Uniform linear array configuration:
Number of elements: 32
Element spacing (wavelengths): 0.75
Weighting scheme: uniform
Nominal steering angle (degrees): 30
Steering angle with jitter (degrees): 29.333
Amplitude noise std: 0.05
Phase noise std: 0.05

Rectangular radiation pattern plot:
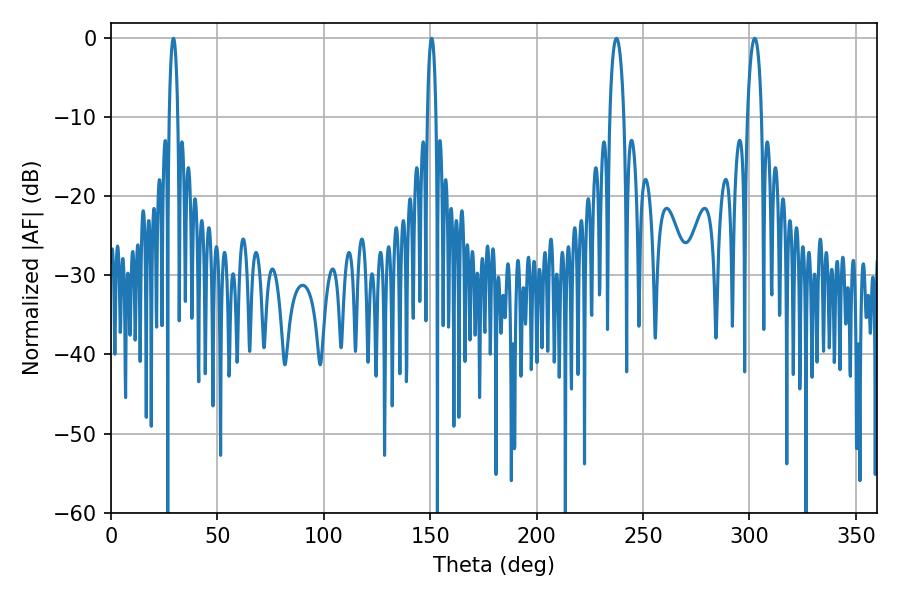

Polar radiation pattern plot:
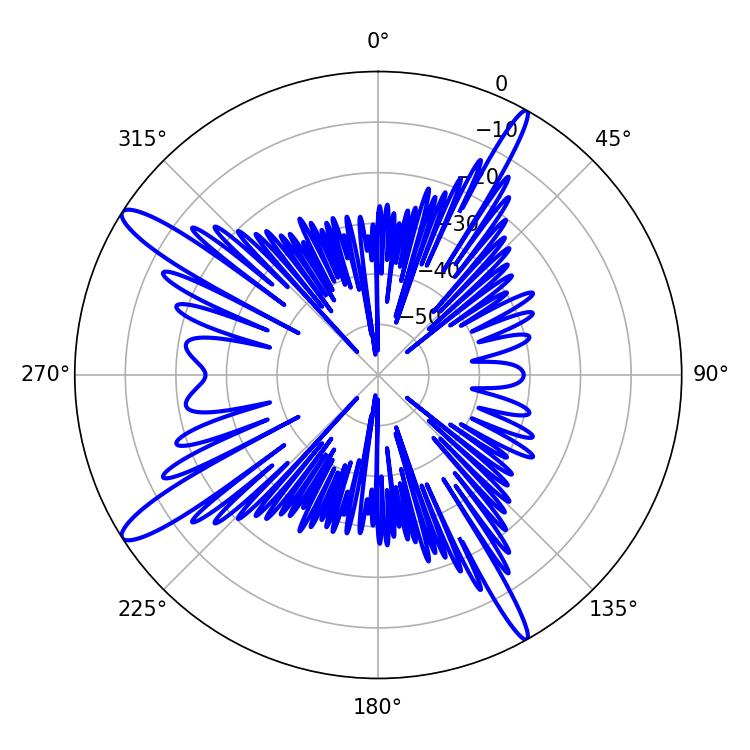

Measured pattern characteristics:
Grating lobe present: TRUE
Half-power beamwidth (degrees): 2.16
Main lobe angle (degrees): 150.66